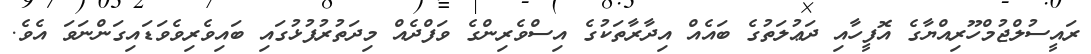
ރައީސުލްޖުމްހޫރިއްޔާގެ އޮފީހާއި ދަޢުލަތުގެ ބައެއް އިދާރާތަކުގެ އިސްވެރިންގެ ވަފްދެއް މިދަތުރުފުޅުގައި ބައިވެރިވެވަޑައިގަންނަވަ އެވެ.